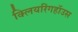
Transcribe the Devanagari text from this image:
क्लियरिंगहॉउस